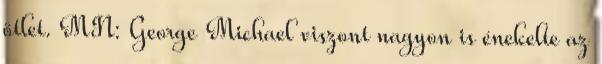
ötlet. MN: George Michael viszont nagyon is énekelte az